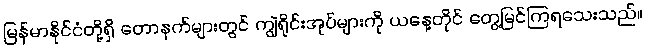
မြန်မာနိုင်ငံတို့ရှိ တောနက်များတွင် ကျွဲရိုင်းအုပ်များကို ယနေ့တိုင် တွေ့မြင်ကြရသေးသည်။